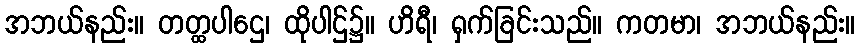
အဘယ်နည်း။ တတ္ထပါဌေ၊ ထိုပါဌ်၌။ ဟိရီ၊ ရှက်ခြင်းသည်။ ကတမာ၊ အဘယ်နည်း။